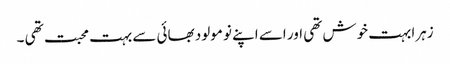
زہرا بہت خوش تھی اور اسے اپنے نو مولود بھائی سے بہت محبت تھی ۔